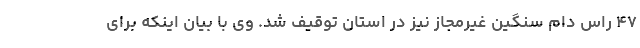
۴۷ راس دام سنگین غیرمجاز نیز در استان توقیف شد. وی با بیان اینکه برای